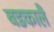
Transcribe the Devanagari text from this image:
बडकालै